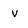
Character: v